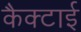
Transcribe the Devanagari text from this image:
कैक्टाई